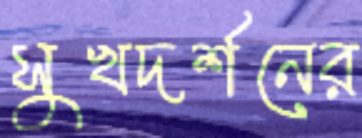
সুখদর্শনের